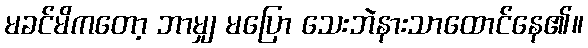
မခင်မိကတော့ ဘာမျှ မပြော သေးဘဲနားသာထောင်နေ၏။